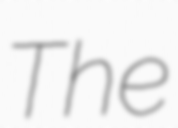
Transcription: The